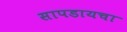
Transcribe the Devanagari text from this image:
सापडायचा